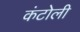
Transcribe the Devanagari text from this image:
कंटोली